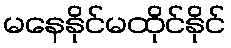
မနေနိုင်မထိုင်နိုင်